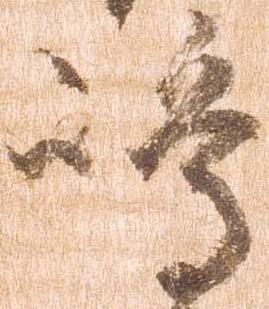
嶋